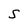
Character: S